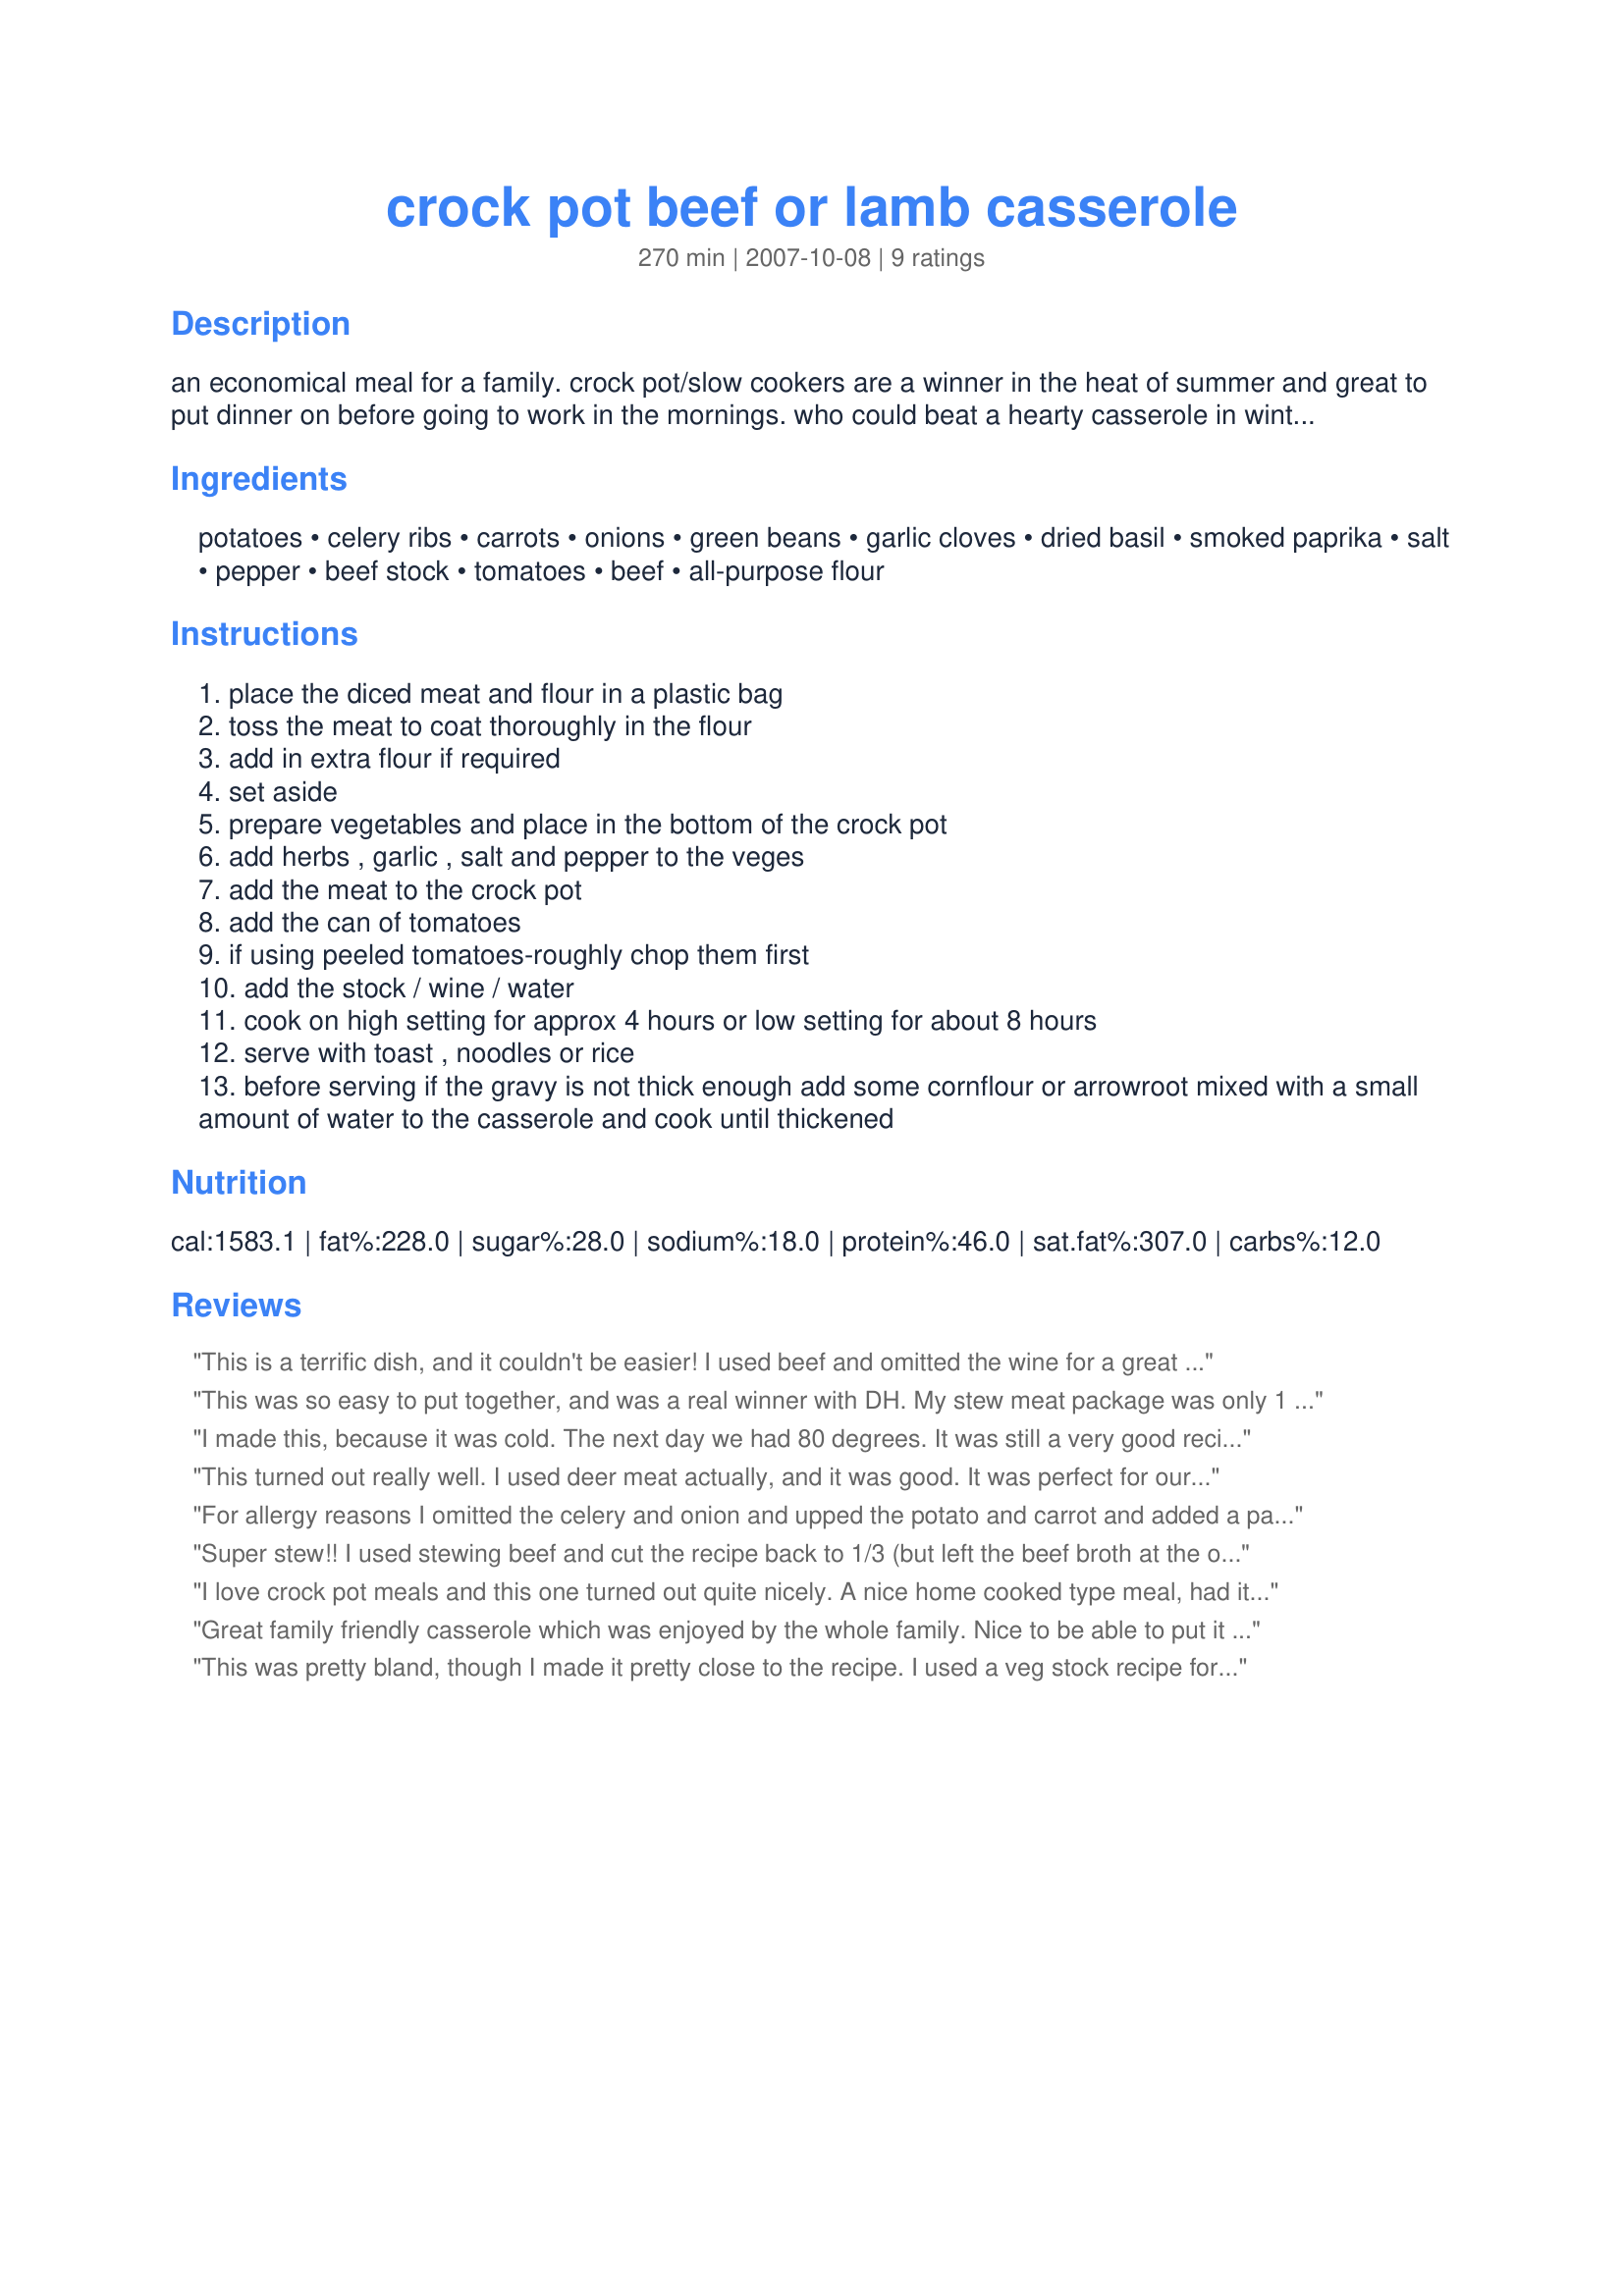
crock pot beef or lamb casserole
Preparation time: 270 minutes

an economical meal for a family. crock pot/slow cookers are a winner in the heat of summer and great to put dinner on before going to work in the mornings. who could beat a hearty casserole in winter either?
you can use whatever veges that you have at hand. use a gluten-free flour and stock if making this recipe gluten-free. serve with toast, pasta or rice. i remember my mother making this casserole when i was a child. to make a richer gravy substitute 1 cup of red wine for 1 cup of stock. this is a great rustic dish- no need to be to accurate with your measurements or weights

Ingredients:
potatoes, celery ribs, carrots, onions, green beans, garlic cloves, dried basil, smoked paprika, salt, pepper, beef stock, tomatoes, beef, all-purpose flour

Steps:
place the diced meat and flour in a plastic bag
toss the meat to coat thoroughly in the flour
add in extra flour if required
set aside
prepare vegetables and place in the bottom of the crock pot
add herbs , garlic , salt and pepper to the veges
add the meat to the crock pot
add the can of tomatoes
if using peeled tomatoes-roughly chop them first
add the stock / wine / water
cook on high setting for approx 4 hours or low setting for about 8 hours
serve with toast , noodles or rice
before serving if the gravy is not thick enough add some cornflour or arrowroot mixed with a small amount of water to the casserole and cook until thickened

Reviews:
This is a terrific dish, and it couldn't be easier! I used beef and omitted the wine for a great family friendly dinner. I served it with crusty rolls and my family couldn't get enough. Terrific for a cold winter's evening meal.
Thanks for posting! Made for Aussie Swap :)
This was so easy to put together, and was a real winner with DH. My stew meat package was only 1 1/4 lbs, so I added some summer squash and other veggies to make up the bulk. I used one cup of broth and one cup of wine, and next time I think I might try changing the ratio a bit to increase the broth but keep the rich flavor of the wine. Thanks for posting; I know we will make this one again. Made for ZWT 8: The Wild Bunch.
I made this, because it was cold. The next day we had 80 degrees. It was still a very good recipe. I used only beef stock and added the wine as an extra, otherwise cooked as written. It did take about 7 hours on high to cook, but I think it was because of the added liquid.
This turned out really well. I used deer meat actually, and it was good. It was perfect for our snowy evening!
For allergy reasons I omitted the celery and onion and upped the potato and carrot and added a parsnip. Used 1.4K of meat and at the end of 8 hours the gravy was thick and luscious and shone like silk. I also cut my vegetables chunky (about the same size as I cut meat big bite size and served with some penne pasta and slices of buttered wholegrain sauce to mop up that wonderful gravy. Could easily have served 8 to 10 and looking forward to making pies with some of leftovers. Thanks **Jubes**, made for Edition 8 - Make My Recipe.
Super stew!! I used stewing beef and cut the recipe back to 1/3 (but left the beef broth at the original amount) and it still served 2 adults/2 kids we have left overs. I switched up the veggies, omitted the potatoes because I wanted to serve over mashed potatoes, added mushrooms and green pepper and also omitted the beans. I cooked on high for 3 hours and on low for 1.5 hours. I added a slurry of flour/water to thicken the sauce.We were all raving about this meal and it will for sure be repeated. Made for ZWT 8
I love crock pot meals and this one turned out quite nicely. A nice home cooked type meal, had it with crunchy homemade bread and a salad. I followed the recipe according to directions - I used 2 cups beef stock. It turned out slightly runny, next time I might cut back on the beef stock.
Great family friendly casserole which was enjoyed by the whole family. Nice to be able to put it on in the morning and come home to a filling dinner at night. I served on toast. Thanks Jubes.
This was pretty bland, though I made it pretty close to the recipe. I used a veg stock recipe for the broth that I found on this site and hoped it would work here.
